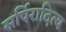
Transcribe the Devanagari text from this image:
सर्पिरादित्य